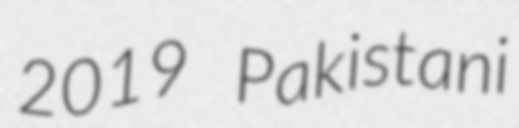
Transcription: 2019 Pakistani